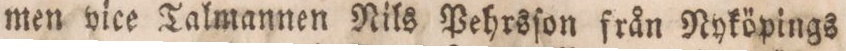
men vice Talmannen Nils Pehrsſon från Nyköpings